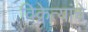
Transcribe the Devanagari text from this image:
विक्रेत्यांचे